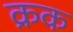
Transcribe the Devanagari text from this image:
क्रक